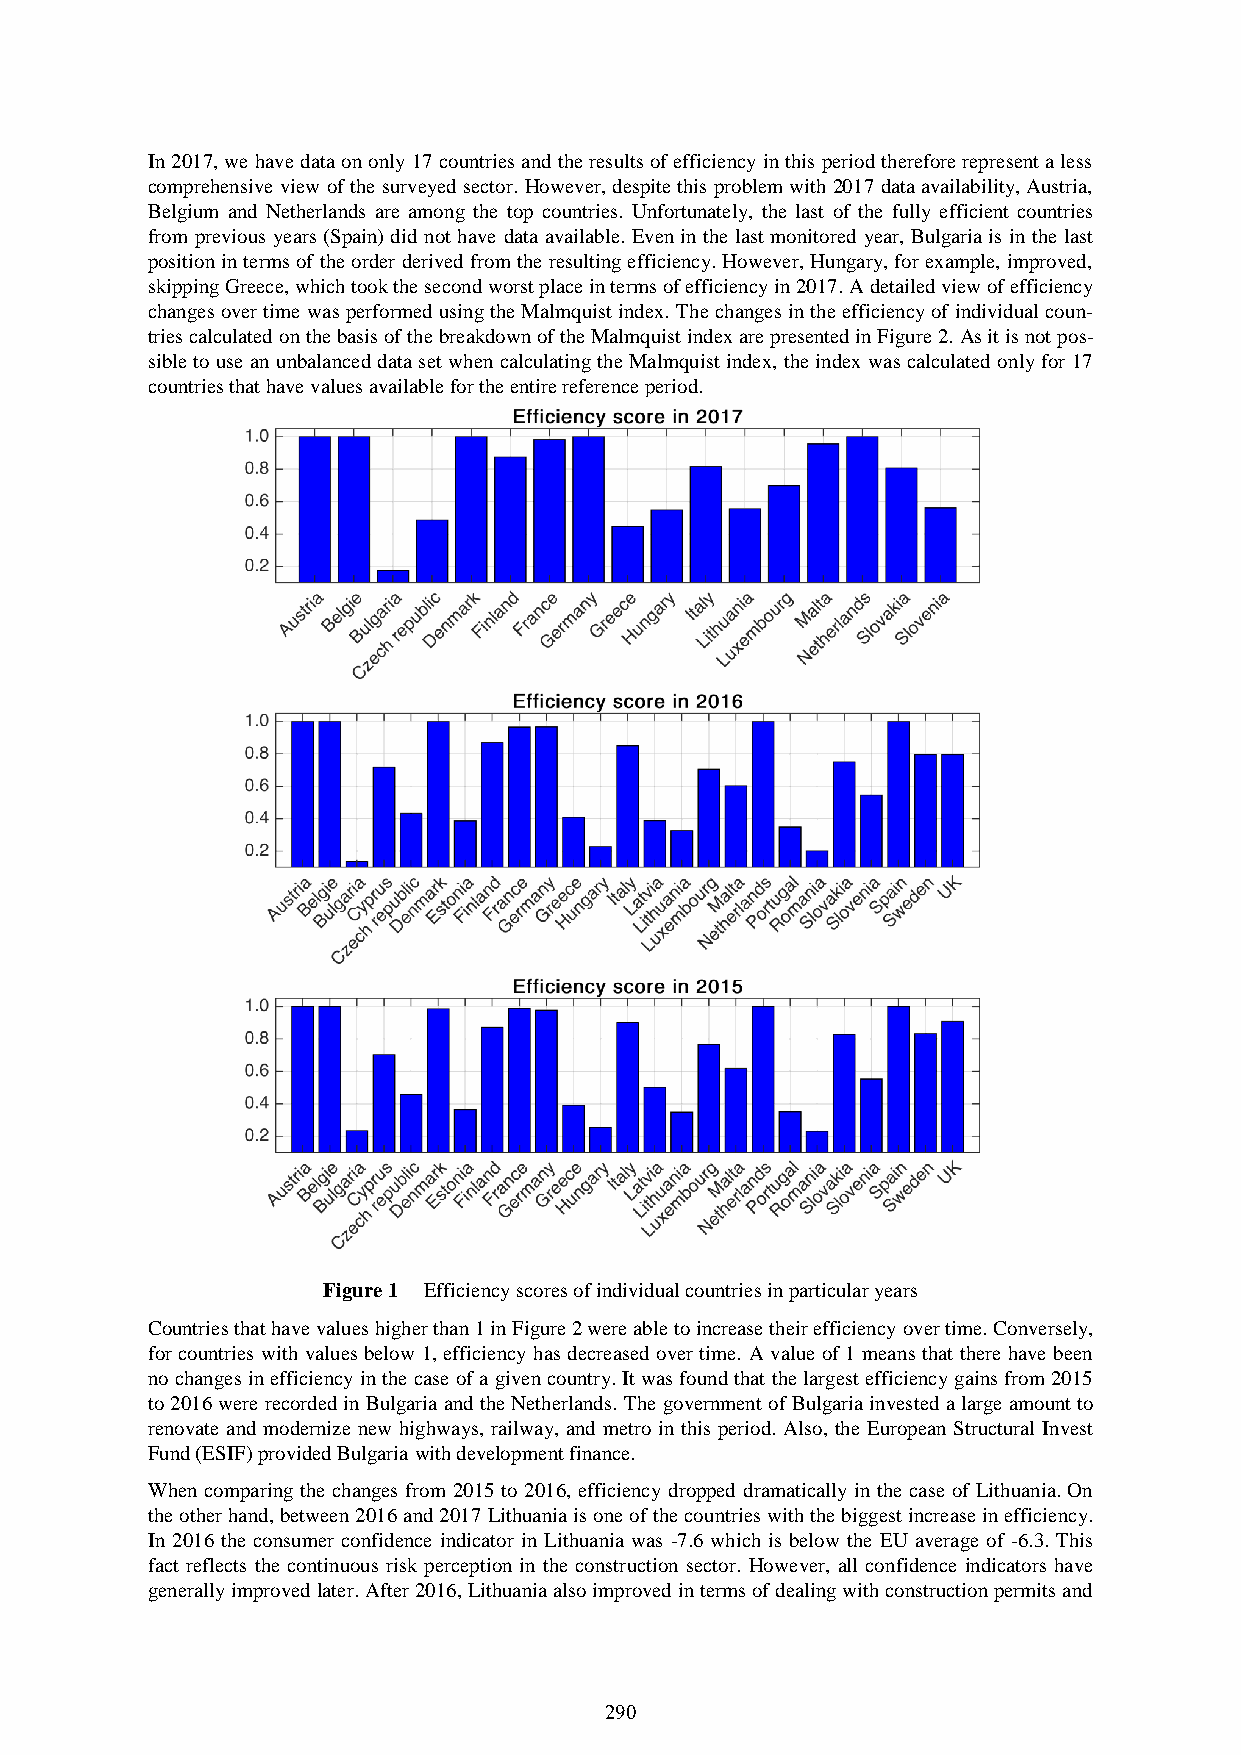
In 2017, we have data on only 17 countries and the results of efficiency in this period therefore represent a less
 comprehensive view of the surveyed sector. However, despite this problem with 2017 data availability, Austria,
 Belgium and Netherlands are among the top countries. Unfortunately, the last of the fully efficient countries
 from previous years (Spain) did not have data available. Even in the last monitored year, Bulgaria is in the last
 position in terms of the order derived from the resulting efficiency. However, Hungary, for example, improved,
 skipping Greece, which took the second worst place in terms of efficiency in 2017. A detailed view of efficiency
 changes over time was performed using the Malmquist index. The changes in the efficiency of individual coun-
 tries calculated on the basis of the breakdown of the Malmquist index are presented in Figure 2. As it is not pos-
 sible to use an unbalanced data set when calculating the Malmquist index, the index was calculated only for 17
 countries that have values available for the entire reference period.
 Figure 1 Efficiency scores of individual countries in particular years
 Countries that have values higher than 1 in Figure 2 were able to increase their efficiency over time. Conversely,
 for countries with values below 1, efficiency has decreased over time. A value of 1 means that there have been
 no changes in efficiency in the case of a given country. It was found that the largest efficiency gains from 2015
 to 2016 were recorded in Bulgaria and the Netherlands. The government of Bulgaria invested a large amount to
 renovate and modernize new highways, railway, and metro in this period. Also, the European Structural Invest
 Fund (ESIF) provided Bulgaria with development finance.
 When comparing the changes from 2015 to 2016, efficiency dropped dramatically in the case of Lithuania. On
 the other hand, between 2016 and 2017 Lithuania is one of the countries with the biggest increase in efficiency.
 In 2016 the consumer confidence indicator in Lithuania was -7.6 which is below the EU average of -6.3. This
 fact reflects the continuous risk perception in the construction sector. However, all confidence indicators have
 generally improved later. After 2016, Lithuania also improved in terms of dealing with construction permits and
 290